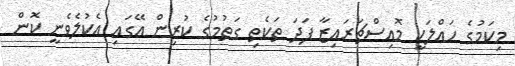
މިކަމުގެ ހައްލަކީ މޮއިސްޗަރައިޒާ ފަދަ ތަކެތި ގަތުމުގެ ކުރިން އޭގައި އެކުލެވެނީ ކޮން